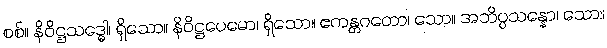
စစ်။ နိဝိဋ္ဌသဒ္ဓေါ၊ ရှိသော။ နိဝိဋ္ဌပေမော၊ ရှိသော။ ဧကန္တဂတော၊ သော။ အဘိပ္ပသန္နော၊ သော။